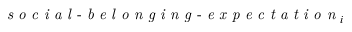
\textit { s o c i a l - b e l o n g i n g - e x p e c t a t i o n } _ { i }